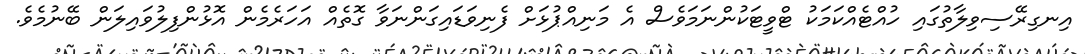
އިނގިރޭސިވިލާތުގައި ހުއްޓެއްކަމަކު ޓްވީޓަކުންނަމަވެސް އެ މަނިއްޕުޅަށް ފެނިވަޑައިގަންނަވާ ގޮތެއް އަހަރެމެން އޮޅުންފިލުވައިލަން ބޭނުމެވެ.